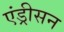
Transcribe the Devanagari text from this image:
एंड्रीसन